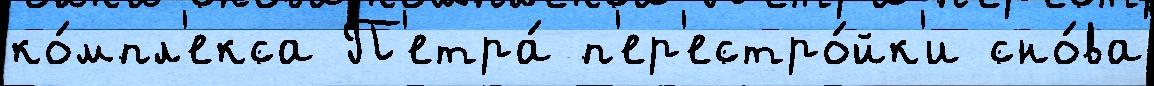
ко́мпл'екса П'етра́ п'ер'естро́йк'и сно́ва